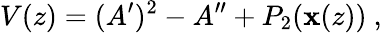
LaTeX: V(z)=(A^{\prime})^{2}-A^{\prime\prime}+P_{2}(\mathbf{x}(z))\ ,